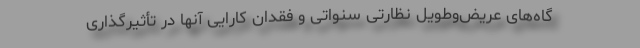
گاه‌های عریض‌و‌طویل نظارتی سنواتی و فقدان كارایی آنها در تأثیرگذاری